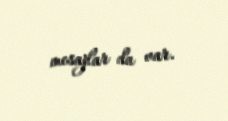
mesajlar da var.